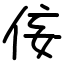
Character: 侫